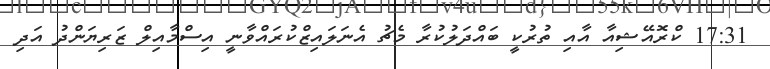
17:31 ކްރޮއޭޝިއާ އާއި ތުރުކީ ބައްދަލުކުރާ މެޗު އެނަލައިޒްކުރައްވާނީ އިސްމާއިލް ޒަރިޔަންދު އަދި